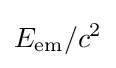
E_{\mathrm {em} }/c^{2}